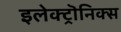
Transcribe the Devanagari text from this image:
इलेक्ट्रॊनिक्स